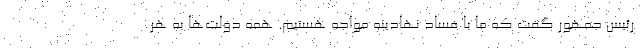
رئیس جمهور گفت که ما با فساد نهادینه مواجه هستیم. همه دولت‌ها به هر